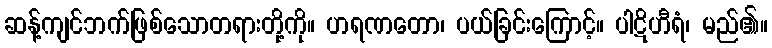
ဆန့်ကျင်ဘက်ဖြစ်သောတရားတို့ကို။ ဟရဏတော၊ ပယ်ခြင်းကြောင့်။ ပါဋိဟီရံ၊ မည်၏။